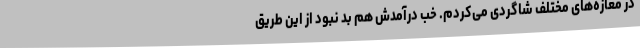
در مغازه‌های مختلف شاگردی می‌کردم. خب درآمدش هم بد نبود از این طریق